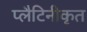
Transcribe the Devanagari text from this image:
प्लैटिनीकृत